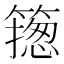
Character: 𥳺